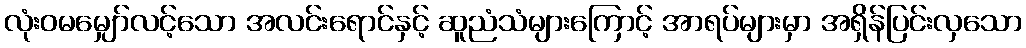
လုံးဝမမျှော်လင့်သော အလင်းရောင်နှင့် ဆူညံသံများကြောင့် အာရပ်များမှာ အရှိန်ပြင်းလှသော